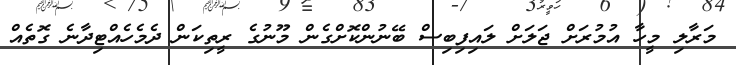
މަރާލި މީހާ އުމުރަށް ޖަލަށް ލައިފިބިސް ބޭނުންކޮށްގެން މޫނުގެ ރީތިކަން ދެމެހެއްޓިދާނެ ގޮތެއް